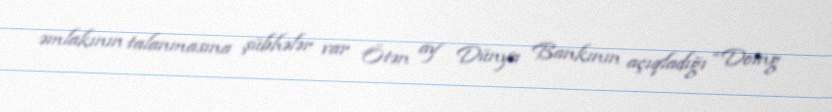
əmlakının talanmasına şübhələr var Ötən ay Dünya Bankının açıqladığı “Doing